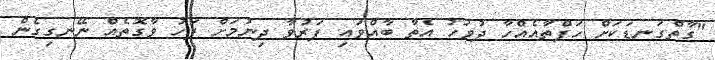
"ގާތްގަނޑަކަށް ހަފްތާއެއްހާ ދުވަހު އެތާ ބާއްވައި ފަރުވާ ދިނުމަށް ފަހު ވާގޮތެއް ނޭނގިގެން